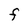
Character: F